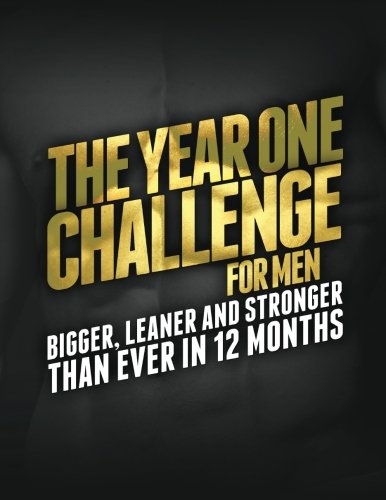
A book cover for The Year One Challenge for Men: Bigger, Leaner, and Stronger Than Ever in 12 Months; Michael Matthews; Health, Fitness & Dieting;